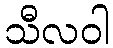
သီလဝါ